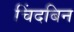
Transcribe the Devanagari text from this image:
चिंदबिन